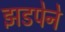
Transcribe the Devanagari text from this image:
झडपेने